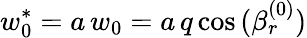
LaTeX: w_{0}^{*}=a\, w_{0}=a\, q\cos{(\beta_{r}^{(0)})}